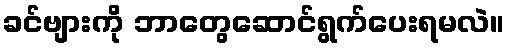
ခင်ဗျားကို ဘာတွေဆောင်ရွက်ပေးရမလဲ။